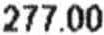
277.00